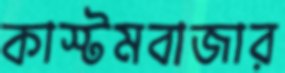
কাস্টমবাজার